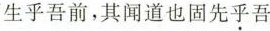
生乎吾前，其闻道也固先乎吾